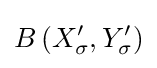
B\left(X_{\sigma }^{\prime },Y_{\sigma }^{\prime }\right)